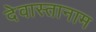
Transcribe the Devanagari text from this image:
देवास्तानाम